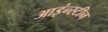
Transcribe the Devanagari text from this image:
आइंन्स्टीन